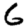
Digit: 6